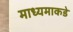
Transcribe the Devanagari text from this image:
माध्यमाकडे